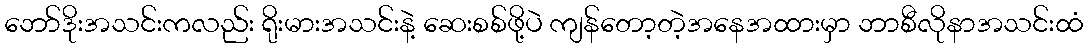
ဘော်ဒိုးအသင်းကလည်း ရိုးမားအသင်းနဲ့ ဆေးစစ်ဖို့ပဲ ကျန်တော့တဲ့အနေအထားမှာ ဘာစီလိုနာအသင်းထံ